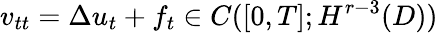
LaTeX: v_{tt}=\Delta u_{t}+f_{t}\in C([0,T];H^{r-3}(D))